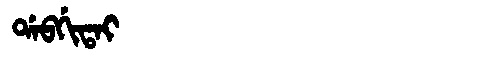
Manchu: ᡩᠠᠪᡤᡳᡨᠠᡳ
Romanization: DABGITAI